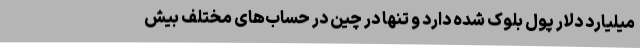
میلیارد دلار پول بلوک شده دارد و تنها در چین در حساب‌های مختلف بیش